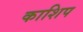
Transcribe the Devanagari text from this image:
काशिप